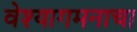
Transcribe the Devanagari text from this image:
वेश्यागमनाचा